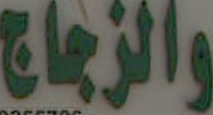
والزجاج